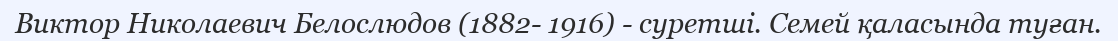
Виктор Николаевич Белослюдов (1882- 1916) - суретші. Семей қаласында туған.